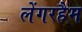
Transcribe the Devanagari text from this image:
लेंगरहैम